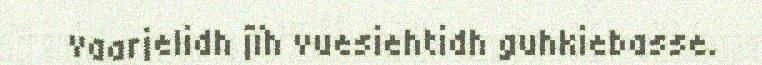
vaarjelidh jïh vuesiehtidh guhkiebasse.